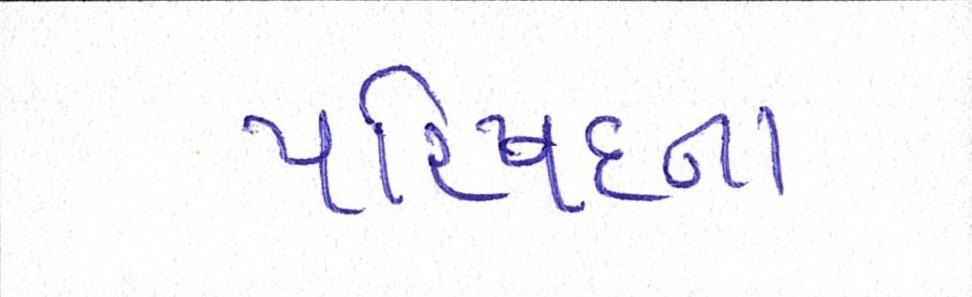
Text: પરિષદના